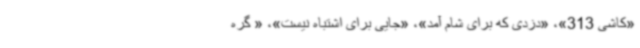
«کاشی 313»، «دزدی که برای شام آمد»، «جایی برای اشتباه نیست»، « گره